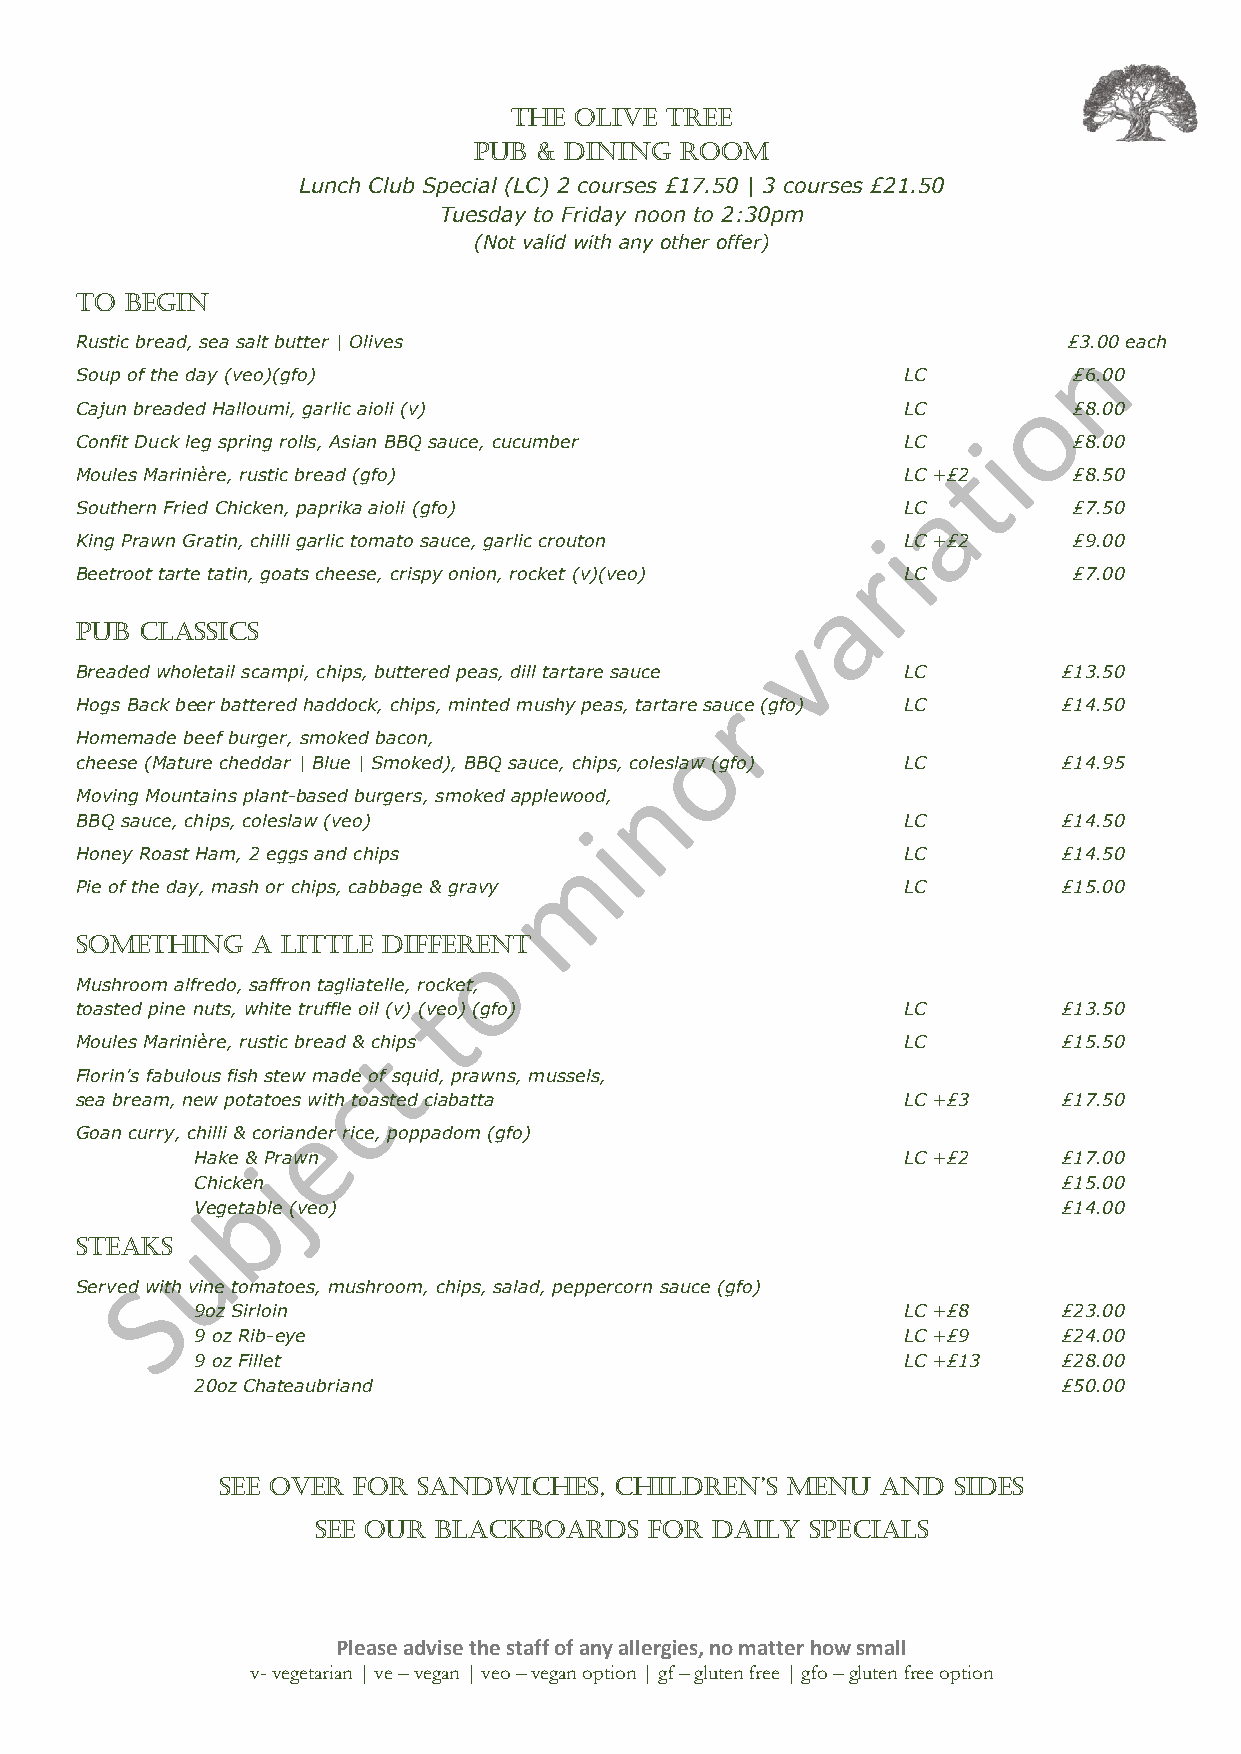
THE OLIVE TREE
 PUB  & DINING ROOM
 Lunch Club Special (LC) 2 courses £17.50 | 3 courses £21.50
 Tuesday to Friday noon to 2:30pm
 (Not valid with any other offer)
 TO BEGIN
 Rustic bread, sea salt butter | Olives                            £3.00 each
 Soup of the day (veo)(gfo)                             LC         £6.00
 Cajun breaded Halloumi, garlic aioli (v)               LC         £8.00
 Confit Duck leg spring rolls, Asian BBQ sauce, cucumber LC        £8.00
 Moules Marinière, rustic bread (gfo)                   LC +£2     £8.50
 Southern Fried Chicken, paprika aioli (gfo)            LC         £7.50
 King Prawn Gratin, chilli garlic tomato sauce, garlic crouton LC +£2 £9.00
 Beetroot tarte tatin, goats cheese, crispy onion, rocket (v)(veo) LC £7.00
 PUB CLASSICS
 Breaded wholetail scampi, chips, buttered peas, dill tartare sauce LC £13.50
 Hogs Back beer battered haddock, chips, minted mushy peas, tartare sauce (gfo) LC £14.50
 Homemade beef burger, smoked bacon,
 cheese (Mature cheddar | Blue | Smoked), BBQ sauce, chips, coleslaw (gfo) LC £14.95
 Moving Mountains plant-based burgers, smoked applewood,
 BBQ sauce, chips, coleslaw (veo)                       LC        £14.50
 Honey Roast Ham, 2 eggs and chips                      LC        £14.50
 Pie of the day, mash or chips, cabbage & gravy         LC        £15.00
 SOMETHING   A LITTLE DIFFERENT
 Mushroom alfredo, saffron tagliatelle, rocket,
 toasted pine nuts, white truffle oil (v) (veo) (gfo)   LC        £13.50
 Moules Marinière, rustic bread & chips                 LC        £15.50
 Florin’s fabulous fish stew made of squid, prawns, mussels,
 sea bream, new potatoes with toasted ciabatta          LC +£3    £17.50
 Goan curry, chilli & coriander rice, poppadom (gfo)
 Hake & Prawn                                   LC +£2    £17.00
 Chicken                                                  £15.00
 Vegetable (veo)                                          £14.00
 STEAKS
 Served with vine tomatoes, mushroom, chips, salad, peppercorn sauce (gfo)
 9oz Sirloin                                    LC +£8    £23.00
 9 oz Rib-eye                                   LC +£9    £24.00
 9 oz Fillet                                    LC +£13   £28.00
 20oz Chateaubriand                                       £50.00
 SEE OVER FOR SANDWICHES,  CHILDREN’S MENU  AND  SIDES
 SEE OUR BLACKBOARDS   FOR DAILY  SPECIALS
 Please advise the staff of any allergies, no matter how small
 v- vegetarian | ve – vegan | veo – vegan option | gf – gluten free | gfo – gluten free option